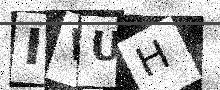
Text: IVUH